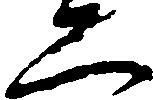
恐